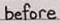
before